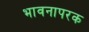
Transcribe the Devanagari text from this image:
भावनापरक